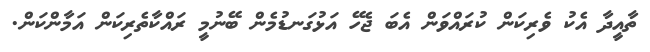
ތާއީދާ އެކު ވެރިކަން ކުރައްވަން އެބަ ޖެހޭ އަޅުގަނޑުމެން ބޭނުމީ ރައްކާތެރިކަން އަމާންކަން.